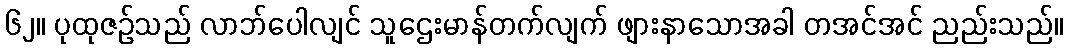
၆၂။ ပုထုဇဉ်သည် လာဘ်ပေါလျင် သူဌေးမာန်တက်လျက် ဖျားနာသောအခါ တအင်အင် ညည်းသည်။